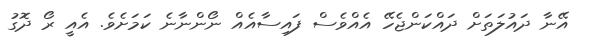
އޭނާ ދައުލަތަށް ދައްކަންޖެހޭ އެއްވެސް ފައިސާއެއް ނޯންނާނެ ކަމަށެވެ. އެއީ ރޯ ދޮގު